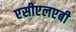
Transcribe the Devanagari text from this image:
एसीएलएबी